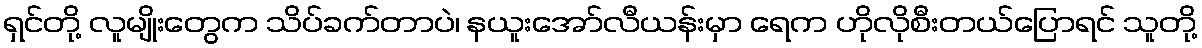
ရှင်တို့ လူမျိုးတွေက သိပ်ခက်တာပဲ၊ နယူးအော်လီယန်းမှာ ရေက ဟိုလိုစီးတယ်ပြောရင် သူတို့